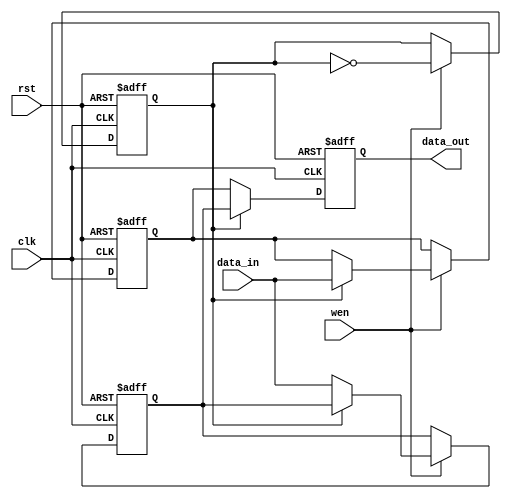
module double_buffer_register #(
    parameter DATA_WIDTH = 8  // Define the width of the data
)(
    input wire clk,            // Clock signal
    input wire rst,            // Asynchronous reset
    input wire wen,            // Write enable signal
    input wire [DATA_WIDTH-1:0] data_in, // Data input
    output reg [DATA_WIDTH-1:0] data_out // Data output
);

    // Internal registers for double buffering
    reg [DATA_WIDTH-1:0] Reg_A; // First register
    reg [DATA_WIDTH-1:0] Reg_B; // Second register
    reg toggle;                 // Toggle signal to switch between registers

    // Asynchronous reset and register writing
    always @(posedge clk or posedge rst) begin
        if (rst) begin
            // Reset both registers and toggle signal
            Reg_A <= 0;
            Reg_B <= 0;
            toggle <= 0;
            data_out <= 0;
        end else begin
            if (wen) begin
                // Write data to the active register based on toggle
                if (toggle) begin
                    Reg_A <= data_in; // Write to Reg_A if toggle is high
                end else begin
                    Reg_B <= data_in; // Write to Reg_B if toggle is low
                end
                // Toggle the active register for the next write
                toggle <= ~toggle;
            end
            // Output the data from the non-active register
            data_out <= (toggle) ? Reg_B : Reg_A;
        end
    end

endmodule